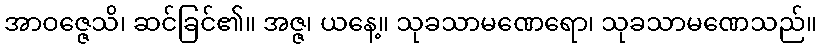
အာဝဇ္ဇေသိ၊ ဆင်ခြင်၏။ အဇ္ဇ၊ ယနေ့။ သုခသာမဏေရော၊ သုခသာမဏေသည်။